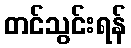
တင်သွင်းရန်